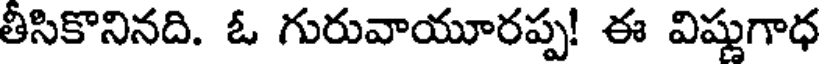
తీసికొనినది. ఓ గురువాయూరప్ప! ఈ విష్ణుగాధ